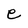
Character: e